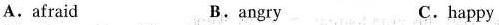
A.afraid B.angry C.happy